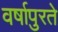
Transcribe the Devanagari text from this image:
वर्षापुरते